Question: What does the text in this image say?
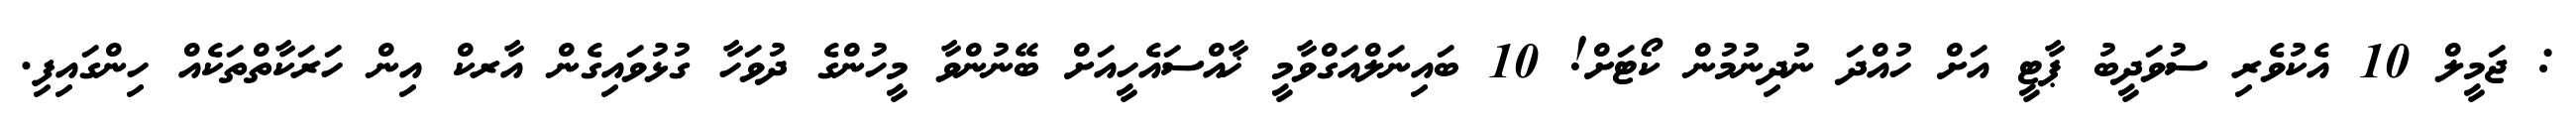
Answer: : ޖަމީލް 10 އެކުވެރި ސުވަދީބު ޕާޓީ އަށް ހުއްދަ ނުދިނުމުން ކޯޓަށް! 10 ބައިނަލްއަގްވާމީ ޚާއްސައެހީއަށް ބޭނުންވާ މީހުންގެ ދުވަހާ ގުޅުވައިގެން އާރކް އިން ހަރަކާތްތަކެއް ހިންގައިފި.